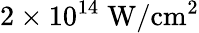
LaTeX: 2\times 10^{14}\; \mathrm{W/cm^{2}}